Civil Veterinary Department. Madras. Admin. report 1910-25 - 1910-1925
Year: 1910
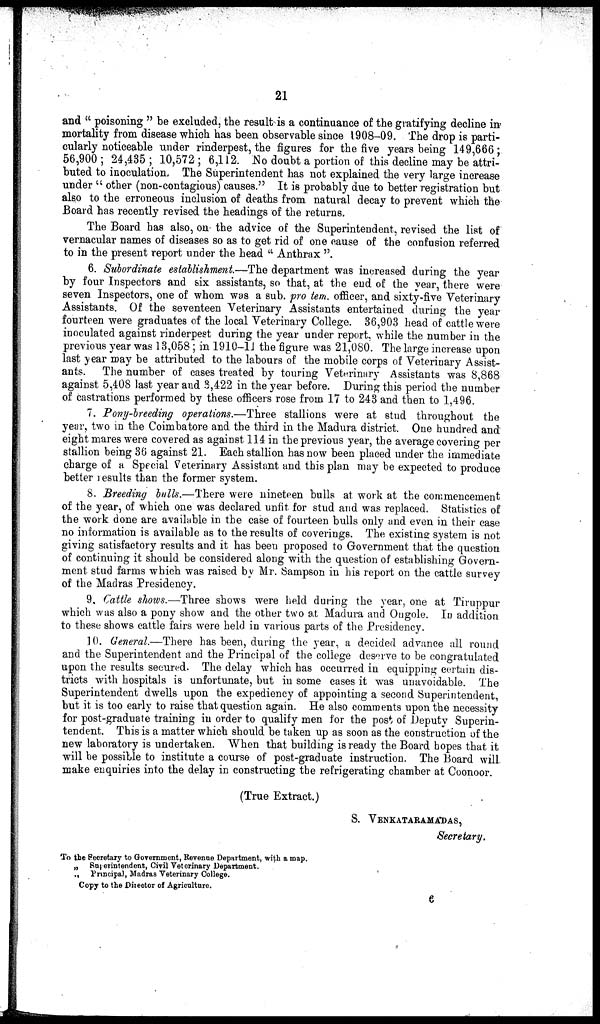
21
and "poisoning" be excluded, the result is a continuance of the gratifying decline in
mortality from disease which has been observable since 1908-09. The drop is parti-
cularly noticeable under rinderpest, the figures for the five years being 149,666;
56,900; 24,435; 10,572; 6,112. No doubt a portion of this decline may be attri-
buted to inoculation. The Superintendent has not explained the very large increase
under "other (non-contagious) causes." It is probably due to better registration but
also to the erroneous inclusion of deaths from natural decay to prevent which the
Board has recently revised the headings of the returns.
The Board has also, on the advice of the Superintendent, revised the list of
vernacular names of diseases so as to get rid of one cause of the confusion referred
to in the present report under the head "Anthrax".
6. Subordinate establishment—The department was increased during the year
by four Inspectors and six assistants, so that, at the end of the year, there were
seven Inspectors, one of whom was a sub. pro tem. officer, and sixty-five Veterinary
Assistants. Of the seventeen Veterinary Assistants entertained during the year
fourteen were graduates of the local Veterinary College. 36,903 head of cattle were
inoculated against rinderpest during the year under report, while the number in the
previous year was 13,058 ; in 1910—11 the figure was 21,080. The large increase upon
last year may be attributed to the labours of the mobile corps of Veterinary Assist-
ants. The number of cases treated by touring Veterinary Assistants was 8,868
against 5,408 last year and 3,422 in the year before. During this period the number
of castrations performed by these officers rose from 17 to 243 and then to 1,496.
7. Pony-breeding operations.—Three stallions were at stud throughout the
year, two in the Coimbatore and the third in the Madura district. One hundred and
eight mares were covered as against 114 in the previous year, the average covering per
stallion being 36 against 21. Each stallion has now been placed under the immediate
charge of a Special Veterinary Assistant and this plan may be expected to produce
better results than the former system.
8. Breeding bulls.—There were nineteen bulls at work at the commencement
of the year, of which one was declared unfit for stud and was replaced. Statistics of
the work done are available in the case of fourteen bulls only and even in their case
no information is available as to the results of coverings. The existing system is not
giving satisfactory results and it has been proposed to Government that the question
of continuing it should be considered along with the question of establishing Govern-
ment stud farms which was raised by Mr. Sampson in his report on the cattle survey
of the Madras Presidency.
9. Cattle shows.—Three shows were held during the year, one at Tiruppur
which was also a pony show and the other two at Madura and Ongole. In addition
to these shows cattle fairs were held in various parts of the Presidency.
10. General.—There has been, during the year, a decided advance all round
and the Superintendent and the Principal of the college deserve to be congratulated
upon the results secured. The delay which has occurred in equipping certain dis-
tricts with hospitals is unfortunate, but in some cases it was unavoidable. The
Superintendent dwells upon the expediency of appointing a second Superintendent,
but it is too early to raise that question again. He also comments upon the necessity
for post-graduate training in order to qualify men for the post of Deputy Superin-
tendent. This is a matter which should be taken up as soon as the construction of the
new laboratory is undertaken. When that building is ready the Board hopes that it
will be possible to institute a course of post-graduate instruction. The Board will
make enquiries into the delay in constructing the refrigerating chamber at Coonoor.
(True Extract.)
S. VENKATARAMADAS,
Secretary.
To the Secretary to Government, Revenue Department, with a map.
„ Superintendent, Civil Veterinary Department.
„ Principal, Madras Veterinary College.
Copy to the Director of Agriculture.
6